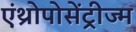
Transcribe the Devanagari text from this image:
एंथ्रोपोसेंट्रीज्म